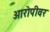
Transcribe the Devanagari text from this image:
आरोपीवर